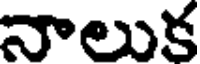
నాలుక